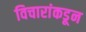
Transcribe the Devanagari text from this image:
विचारांकडून